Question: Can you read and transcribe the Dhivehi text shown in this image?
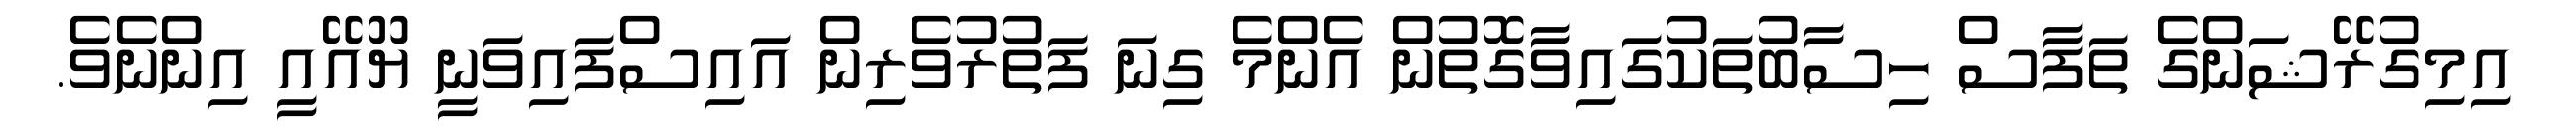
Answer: އިމިގުރޭޝަންގެ ތަފާސް ހިސާބުތަކުގައިވާގޮތުން އެންމެ ގިނަ ފަތުރުވެރިން އައިސްފައިވަނީ ޔޫއޭއީ އިންނެވެ.